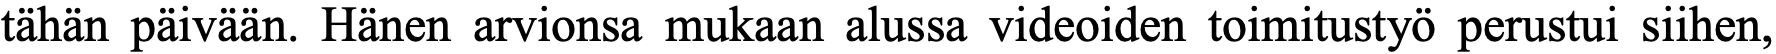
tähän päivään. Hänen arvionsa mukaan alussa videoiden toimitustyö perustui siihen,